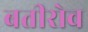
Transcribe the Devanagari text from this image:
बतीरोव